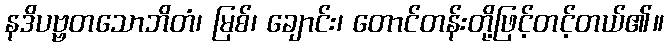
နဒိပဗ္ဗတသောဘိတံ၊ မြစ်၊ ချောင်း၊ တောင်တန်းတို့ဖြင့်တင့်တယ်၏။